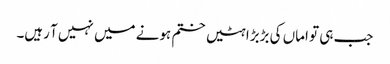
جب ہی تو اماں کی بڑبڑاہٹیں ختم ہونے میں نہیں آ رہیں۔